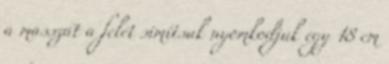
a masszát a felét simítsuk nyomkodjuk egy 18 cm